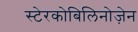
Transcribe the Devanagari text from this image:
स्टेरकोबिलिनोज़ेन